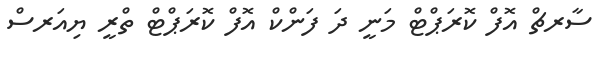
ސާރޗް އޮފް ކޮރަޕްޓް މަނީ ދަ ފަންކް އޮފް ކޮރަޕްޓް ތްރީ ޔިއަރސް